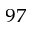
^ { 9 7 }